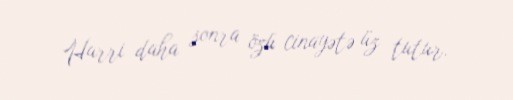
Harri daha sonra özü cinayətə üz tutur.